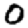
Digit: 0